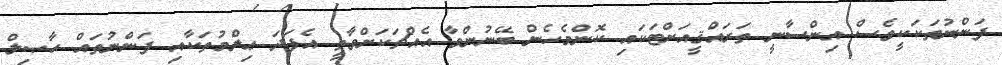
ފަންނުތަކަކީވެސް އިންސާނީ ތަރައްޤީއަށްޓަކައި ކޮންމެހެން ބޭނުންވާ އެއްޗަކަށްވާތީ އެފަދަ ޢިލްމުތަކާއި ފަންނުތައް ޙާޞިލް